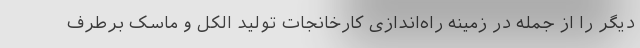
دیگر را از جمله در زمینه راه‌اندازی کارخانجات تولید الکل و ماسک برطرف